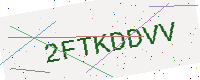
Text: 2FTKDDVV